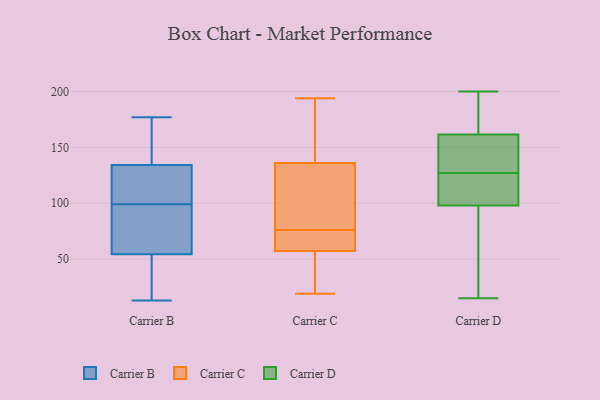
{"axis": {"x": "Headcount", "y": "Value"}, "legend": ["Carrier B", "Carrier C", "Carrier D"], "data": [{"x": "", "y": 55, "type": "Carrier B"}, {"x": "", "y": 83, "type": "Carrier B"}, {"x": "", "y": 158, "type": "Carrier B"}, {"x": "", "y": 113, "type": "Carrier B"}, {"x": "", "y": 13, "type": "Carrier B"}, {"x": "", "y": 144, "type": "Carrier B"}, {"x": "", "y": 96, "type": "Carrier B"}, {"x": "", "y": 38, "type": "Carrier B"}, {"x": "", "y": 177, "type": "Carrier B"}, {"x": "", "y": 52, "type": "Carrier B"}, {"x": "", "y": 101, "type": "Carrier B"}, {"x": "", "y": 131, "type": "Carrier B"}, {"x": "", "y": 99, "type": "Carrier B"}, {"x": "", "y": 110, "type": "Carrier C"}, {"x": "", "y": 142, "type": "Carrier C"}, {"x": "", "y": 118, "type": "Carrier C"}, {"x": "", "y": 194, "type": "Carrier C"}, {"x": "", "y": 55, "type": "Carrier C"}, {"x": "", "y": 58, "type": "Carrier C"}, {"x": "", "y": 184, "type": "Carrier C"}, {"x": "", "y": 57, "type": "Carrier C"}, {"x": "", "y": 63, "type": "Carrier C"}, {"x": "", "y": 76, "type": "Carrier C"}, {"x": "", "y": 19, "type": "Carrier C"}, {"x": "", "y": 200, "type": "Carrier D"}, {"x": "", "y": 119, "type": "Carrier D"}, {"x": "", "y": 115, "type": "Carrier D"}, {"x": "", "y": 122, "type": "Carrier D"}, {"x": "", "y": 162, "type": "Carrier D"}, {"x": "", "y": 127, "type": "Carrier D"}, {"x": "", "y": 81, "type": "Carrier D"}, {"x": "", "y": 170, "type": "Carrier D"}, {"x": "", "y": 146, "type": "Carrier D"}, {"x": "", "y": 193, "type": "Carrier D"}, {"x": "", "y": 127, "type": "Carrier D"}, {"x": "", "y": 136, "type": "Carrier D"}, {"x": "", "y": 15, "type": "Carrier D"}, {"x": "", "y": 161, "type": "Carrier D"}, {"x": "", "y": 23, "type": "Carrier D"}, {"x": "", "y": 78, "type": "Carrier D"}]}